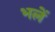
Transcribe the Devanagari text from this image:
भलें